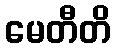
မေတီတိ